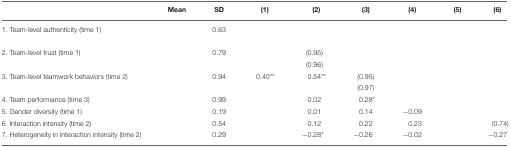
<table><thead><tr><td>[EMPTY_CELL]</td><td><b>Mean</b></td><td><b>SD</b></td><td><b>(1)</b></td><td><b>(2)</b></td><td><b>(3)</b></td><td><b>(4)</b></td><td><b>(5)</b></td><td><b>(6)</b></td></tr></thead><tbody><tr><td>1. Team-level authenticity (time 1)</td><td>[EMPTY_CELL]</td><td>0.63</td><td>[EMPTY_CELL]</td><td>[EMPTY_CELL]</td><td>[EMPTY_CELL]</td><td>[EMPTY_CELL]</td><td>[EMPTY_CELL]</td><td>[EMPTY_CELL]</td></tr><tr><td>[EMPTY_CELL]</td><td>[EMPTY_CELL]</td><td>[EMPTY_CELL]</td><td>[EMPTY_CELL]</td><td>[EMPTY_CELL]</td><td>[EMPTY_CELL]</td><td>[EMPTY_CELL]</td><td>[EMPTY_CELL]</td><td>[EMPTY_CELL]</td></tr><tr><td>2. Team-level trust (time 1)</td><td>[EMPTY_CELL]</td><td>0.79</td><td>[EMPTY_CELL]</td><td>(0.95)</td><td>[EMPTY_CELL]</td><td>[EMPTY_CELL]</td><td>[EMPTY_CELL]</td><td>[EMPTY_CELL]</td></tr><tr><td>[EMPTY_CELL]</td><td>[EMPTY_CELL]</td><td>[EMPTY_CELL]</td><td>[EMPTY_CELL]</td><td>(0.96)</td><td>[EMPTY_CELL]</td><td>[EMPTY_CELL]</td><td>[EMPTY_CELL]</td><td>[EMPTY_CELL]</td></tr><tr><td>3. Team-level teamwork behaviors (time 2)</td><td>[EMPTY_CELL]</td><td>0.94</td><td>0.40<sup>**</sup></td><td>0.54<sup>**</sup></td><td>(0.95)</td><td>[EMPTY_CELL]</td><td>[EMPTY_CELL]</td><td>[EMPTY_CELL]</td></tr><tr><td>[EMPTY_CELL]</td><td>[EMPTY_CELL]</td><td>[EMPTY_CELL]</td><td>[EMPTY_CELL]</td><td>[EMPTY_CELL]</td><td>(0.97)</td><td>[EMPTY_CELL]</td><td>[EMPTY_CELL]</td><td>[EMPTY_CELL]</td></tr><tr><td>4. Team performance (time 3)</td><td>[EMPTY_CELL]</td><td>0.99</td><td>[EMPTY_CELL]</td><td>0.02</td><td>0.28<sup>*</sup></td><td>[EMPTY_CELL]</td><td>[EMPTY_CELL]</td><td>[EMPTY_CELL]</td></tr><tr><td>5. Gender diversity (time 1)</td><td>[EMPTY_CELL]</td><td>0.19</td><td>[EMPTY_CELL]</td><td>0.01</td><td>0.14</td><td>−0.09</td><td>[EMPTY_CELL]</td><td>[EMPTY_CELL]</td></tr><tr><td>6. Interaction intensity (time 2)</td><td>[EMPTY_CELL]</td><td>0.54</td><td>[EMPTY_CELL]</td><td>0.12</td><td>0.22</td><td>0.23</td><td>[EMPTY_CELL]</td><td>(0.74)</td></tr><tr><td>7. Heterogeneity in interaction intensity (time 2)</td><td>[EMPTY_CELL]</td><td>0.29</td><td>[EMPTY_CELL]</td><td>−0.28<sup>*</sup></td><td>−0.26</td><td>−0.02</td><td>[EMPTY_CELL]</td><td>−0.27</td></tr></tbody></table>